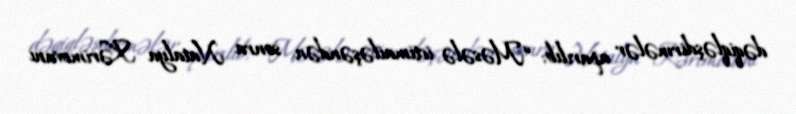
dəqiqləşdirmələr aparılıb: “Məsələ ictimailəşəndən sonra Natalya Kərimovanı